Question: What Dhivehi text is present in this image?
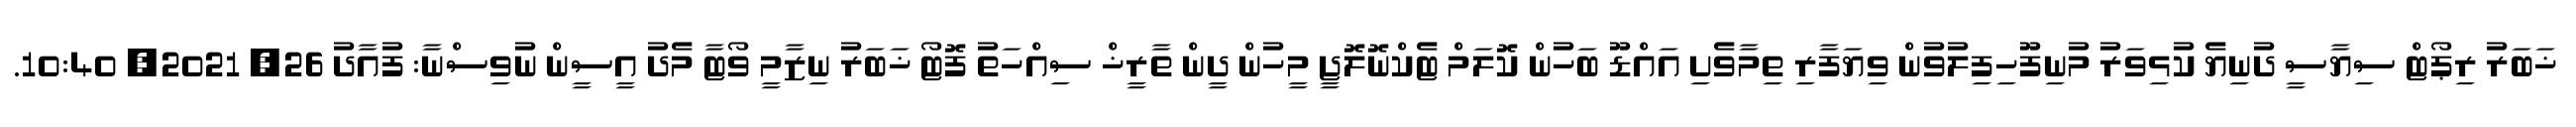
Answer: ޚަބަރު ރިޕޯޓް ސިޔާސީ ދުނިޔެ ކުޅިވަރު މުނިފޫހިފިލުވުން ވިޔަފާރި ތިމާވެށި އައްޑޫ ބަހުން ކޮލަމް ޓެކްނޮލޮޖީ މީހުން ދީން ތާރީޚް ސިއްހަތު ފޮޓޯ ޚަބަރު ނިޒާމީ ވޯޓާ މެދު އީސީން ނުވިސްނާ: ފުއާދު 26, 2021, 10:40.